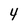
Character: 4